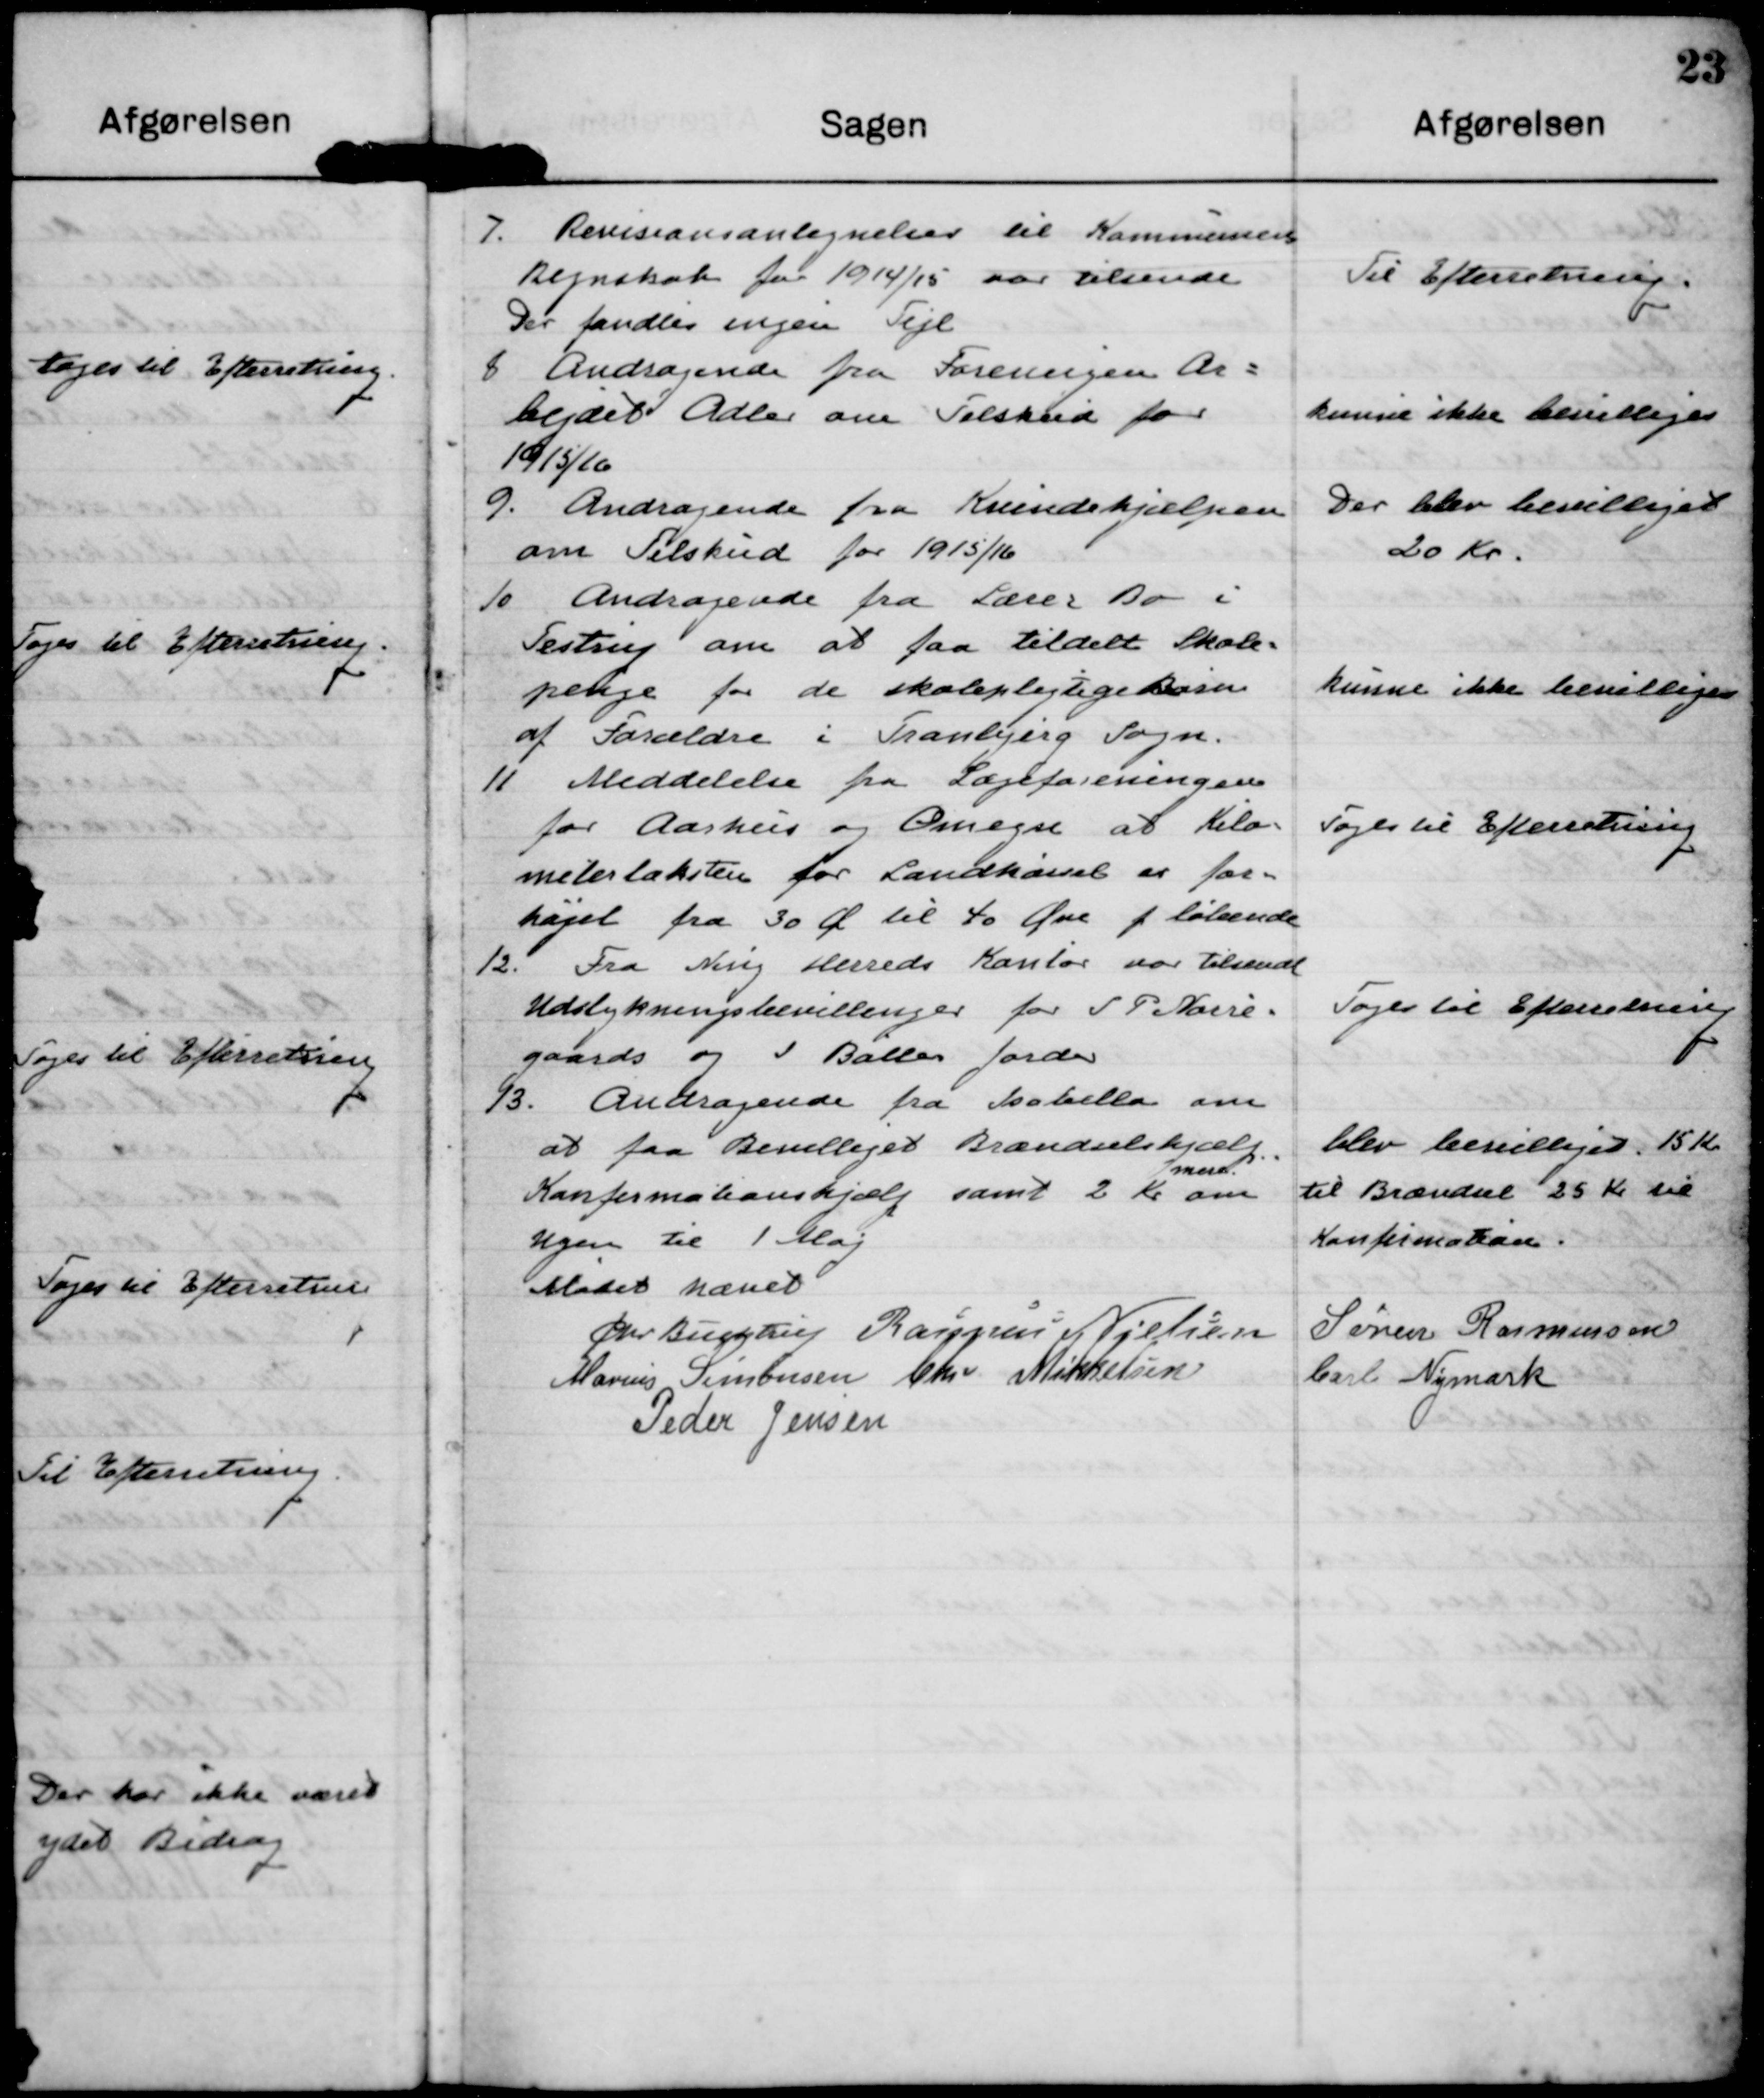
Transskription:
7. Revisionsantegnelser til Kommunens
Regnskab for 1914/15 var tilsendt.
Der fandtes ingen Fejl

Til Efterretning.

8 Andragende fra Foreningen Ar-
bejdet Adler om Tilskud for
1915/16.

kunne ikke bevilliges.

9. Andragende fra Kvindehjælpen
om Tilskud for 1915/16

Der blev bevilliget
20 Kr.

10 Andragende fra Lærer Bo i
Testrup om at faa tildelt Skole=
penge for de skolepligtige Børn
af forældre i Tranbjerg Sogn.

kunne ikke bevilliges.

11 Meddelelse fra Lægeforeningen
for Aarhus og Omegn at Kilo=
metertaksten for Landkørsel er for-
højet fra 30 Øre til 40 Øre f løbende

Tages til Efterretning.

12. Fra Ning Herreds Kontor var tilsendt
Udstykningsbevillinger for S P Nørre-
gaards og J. Balles Jorder

Toges til Efterretning.

13. Andragende fra Isabella om
at faa Bevilliget Brændselshjælp
Konfirmationshjælp samt 2 Kr
mere
om
Ugen til 1 Maj

Blev bevilliget 15 Kr
til Brændsel 25 Kr til
Konfirmation.

Mødet hævet. 
Chr Buchtrup
Rasmus Nielsen
Søren Rasmussen
Marius Simonsen
Chr Mikkelsen
Carl Nymark
Peder Jensen